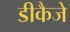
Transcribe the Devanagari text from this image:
डीकैजे